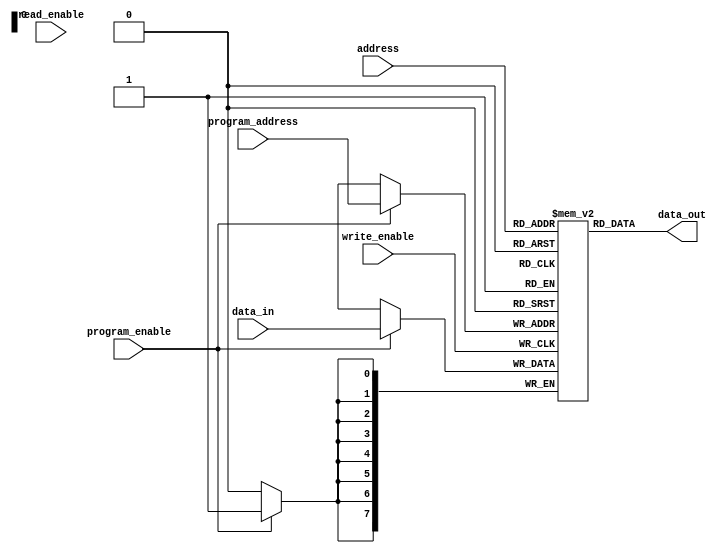
module anti_fuse_rom (
    input wire [7:0] address,
    input wire write_enable,
    input wire [7:0] data_in,
    output wire [7:0] data_out,
    input wire read_enable, 
    input wire program_enable,
    input wire [7:0] program_address
);

reg [7:0] memory [0:255]; // 256 memory locations

always @ (posedge write_enable)
begin
    if (program_enable)
        memory[program_address] <= data_in;
end

assign data_out = memory[address];

endmodule